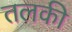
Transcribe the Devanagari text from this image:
तलकी